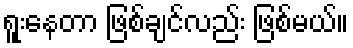
ရူးနေတာ ဖြစ်ချင်လည်း ဖြစ်မယ်။